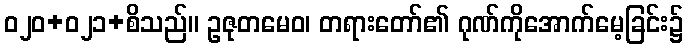
ဝ၂၀+၀၂၁+စိသည်။ ဥဇုတမေဝ၊ တရားတော်၏ ဂုဏ်ကိုအောက်မေ့ခြင်း၌